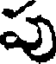
పు